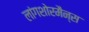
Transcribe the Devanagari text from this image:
लांगशोरमैन्स